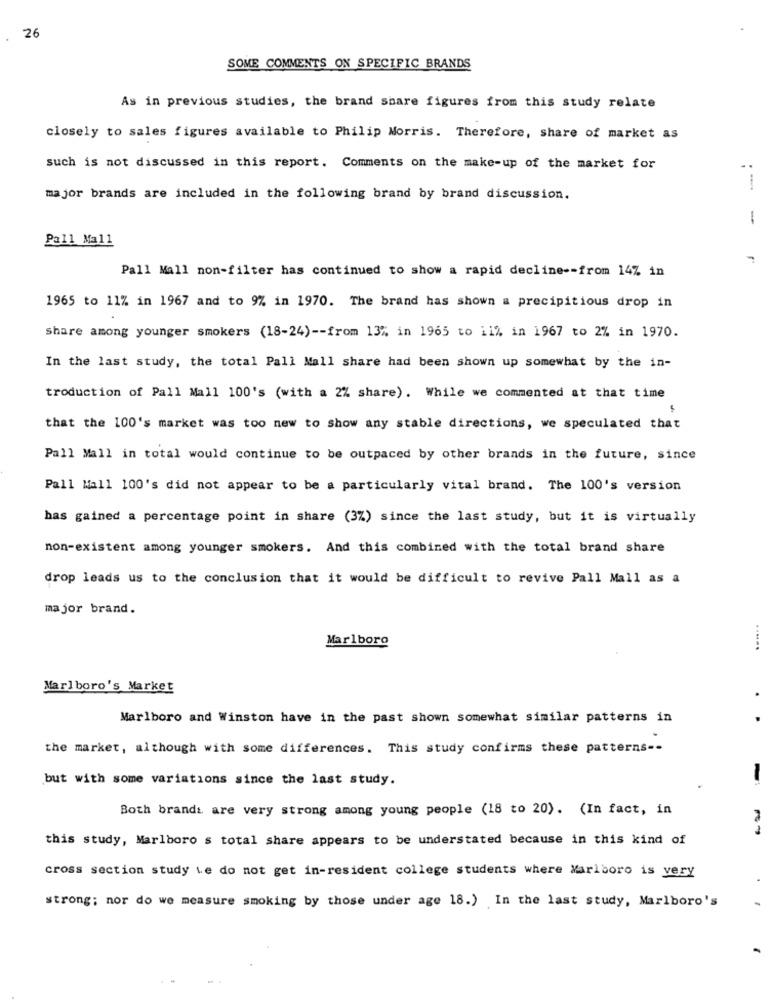
26
SOME COMMENTS ON SPECIFIC BRANDS
As in previous studies, the brand share figures from this study relate
closely to sales figures available to Philip Morris. Therefore, share of market as
such is not discussed in this report. Comments on the make-up of the market for
..
major brands are included in the following brand by brand discussion.
-
Pall Mall
Pall Mall non-filter has continued to show a rapid decline -- from 14% in
1965 to 11% in 1967 and to 9% in 1970. The brand has shown a precipitious drop in
Share among younger smokers (18-24) -- from 13% in 1965 to 11% in 1967 to 2% in 1970.
In the last study, the total Pall Mall share had been shown up somewhat by the in-
troduction of Pall Mall 100's (with a 2% share). While we commented at that time
that the 100's market was too new to show any stable directions, we speculated that
Pall Mall in total would continue to be outpaced by other brands in the future, since
Pall Mall 100's did not appear to be a particularly vital brand. The 100's version
has gained a percentage point in share (3%) since the last study, but it is virtually
non-existent among younger smokers. And this combined with the total brand share
drop leads us to the conclusion that it would be difficult to revive Pall Mall as a
major brand.
Marlboro
......
Marlboro's Market
Marlboro and Winston have in the past shown somewhat similar patterns in
..
the market, although with some differences. This study confirms these patterns --
but with some variations since the last study.
Both brands are very strong among young people (18 to 20). (In fact, in
this study, Marlboro s total share appears to be understated because in this kind of
cross section study ve do not get in-resident college students where Marlboro is very
strong; nor do we measure smoking by those under age 18.) In the last study, Marlboro's